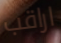
اراقب